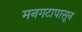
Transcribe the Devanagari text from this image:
मनगटापासून